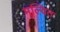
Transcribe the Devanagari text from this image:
मूल्यित